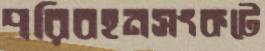
পরিবহনসংকটে